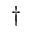
\dag